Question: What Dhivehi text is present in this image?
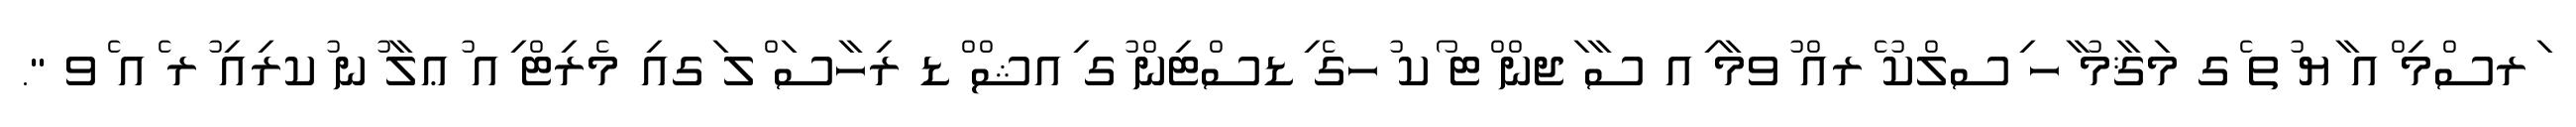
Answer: ަރސްމި ްއ ާޔ ުތ ެގ މަޤާމު ާހ ިސލްކު ެރއް ުވމާ ިއ ސާ ަޖން ްޓ ޯކ ުހގެ ިޑސްޓިން ުގ ިއޝް ްޑ ރިހާސަ ްލ ަގއި މެރިޓް ިއ ުޢލާ ުނ ުކރިއި ުރ ެއ ެވ ".